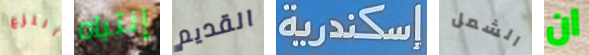
أنتزع إنتباه القديم إسكندرية الشمل ان